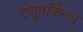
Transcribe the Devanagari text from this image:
ट्यूबर्किल्ड